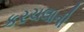
કરચલાની